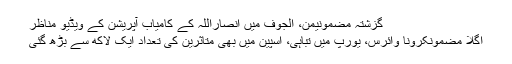
گزشتہ مضمونیمن، الجوف میں انصاراللہ کے کامیاب آپریشن کے ویڈیو مناظر
اگلا مضمونکرونا وائرس، یورپ میں تباہی، اسپین میں بھی متاثرین کی تعداد ایک لاکھ سے بڑھ گئی